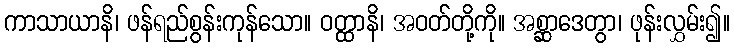
ကာသာယာနိ၊ ဖန်ရည်စွန်းကုန်သော။ ဝတ္ထာနိ၊ အဝတ်တို့ကို။ အစ္ဆာဒေတွာ၊ ဖုန်းလွှမ်း၍။